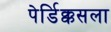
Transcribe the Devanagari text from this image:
पेर्डिक्कसला